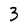
Character: 3